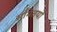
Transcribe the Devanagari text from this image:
समितयों